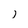
Character: i